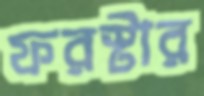
ফরস্টার